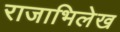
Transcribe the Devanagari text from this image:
राजाभिलेख